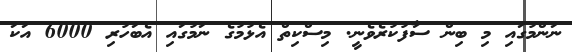
ނަންމުގައި މި ބިން ސާފުކުރެވެނީ. މިސްކިތް އެޅުމުގެ ނަމުގައި އެބަހުރި 6000 އަކަ